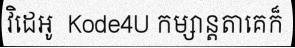
វិដេអូ  Kode4U កម្សាន្តតាគេក៏